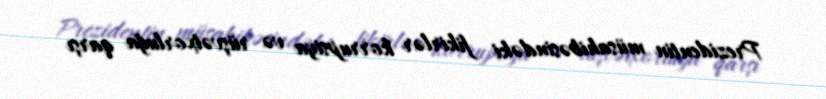
Prezidentin müsahibəsindəki fikirlər korrupsiya və rüşvətxorluğa qarşı